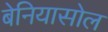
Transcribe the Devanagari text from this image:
बेनियासोल